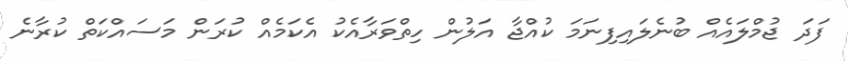
ފަދަ ޖުމްލައެއް ބުނެލައިފިނަމަ ކުއްޖާ އަލުން ހިތްވަރާއެކު އެކަމެއް ކުރަން މަސައްކަތް ކުރާނެ